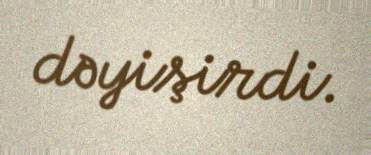
dəyişirdi.